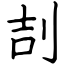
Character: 㓤